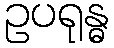
ဥပရုန္ဓ